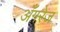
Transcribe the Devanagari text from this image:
अँग़रेज